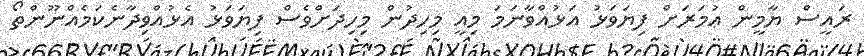
ރައީސް ޔާމީން ޢުމަރަށް ފިޔަވަޅު އަޅުއްވާނަމަ މިއީ މިހިދުން މިހިދަށްވެސް ފިޔަވަޅު އެޅުއްވިދާނެކަމެއްނޫންތޯ